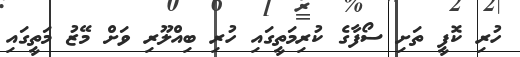
ހުރި ކޮފީ ތަށި ސޯފާގެ ކުރިމަތީގައި ހުރި ބިއްލޫރި ވަށް މޭޒު މަތީގައި